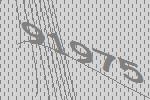
91975